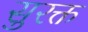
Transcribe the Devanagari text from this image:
सुरक्त